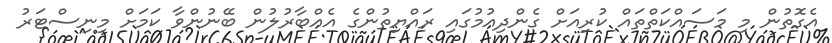
އެގޮތުން މި މަސައްކަތްތައް ކުރިއަށް ގެންދިއުމުގައި ރައްޔިތުންގެ އެއްބާރުލުން ބޭނުންވާ ކަމަށް މިނިސްޓަރު